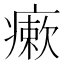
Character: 瘶